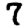
Digit: 7